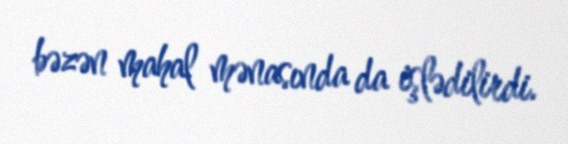
bəzən mahal mənasında da işlədilirdi.